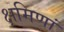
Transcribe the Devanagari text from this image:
क्षमिणां